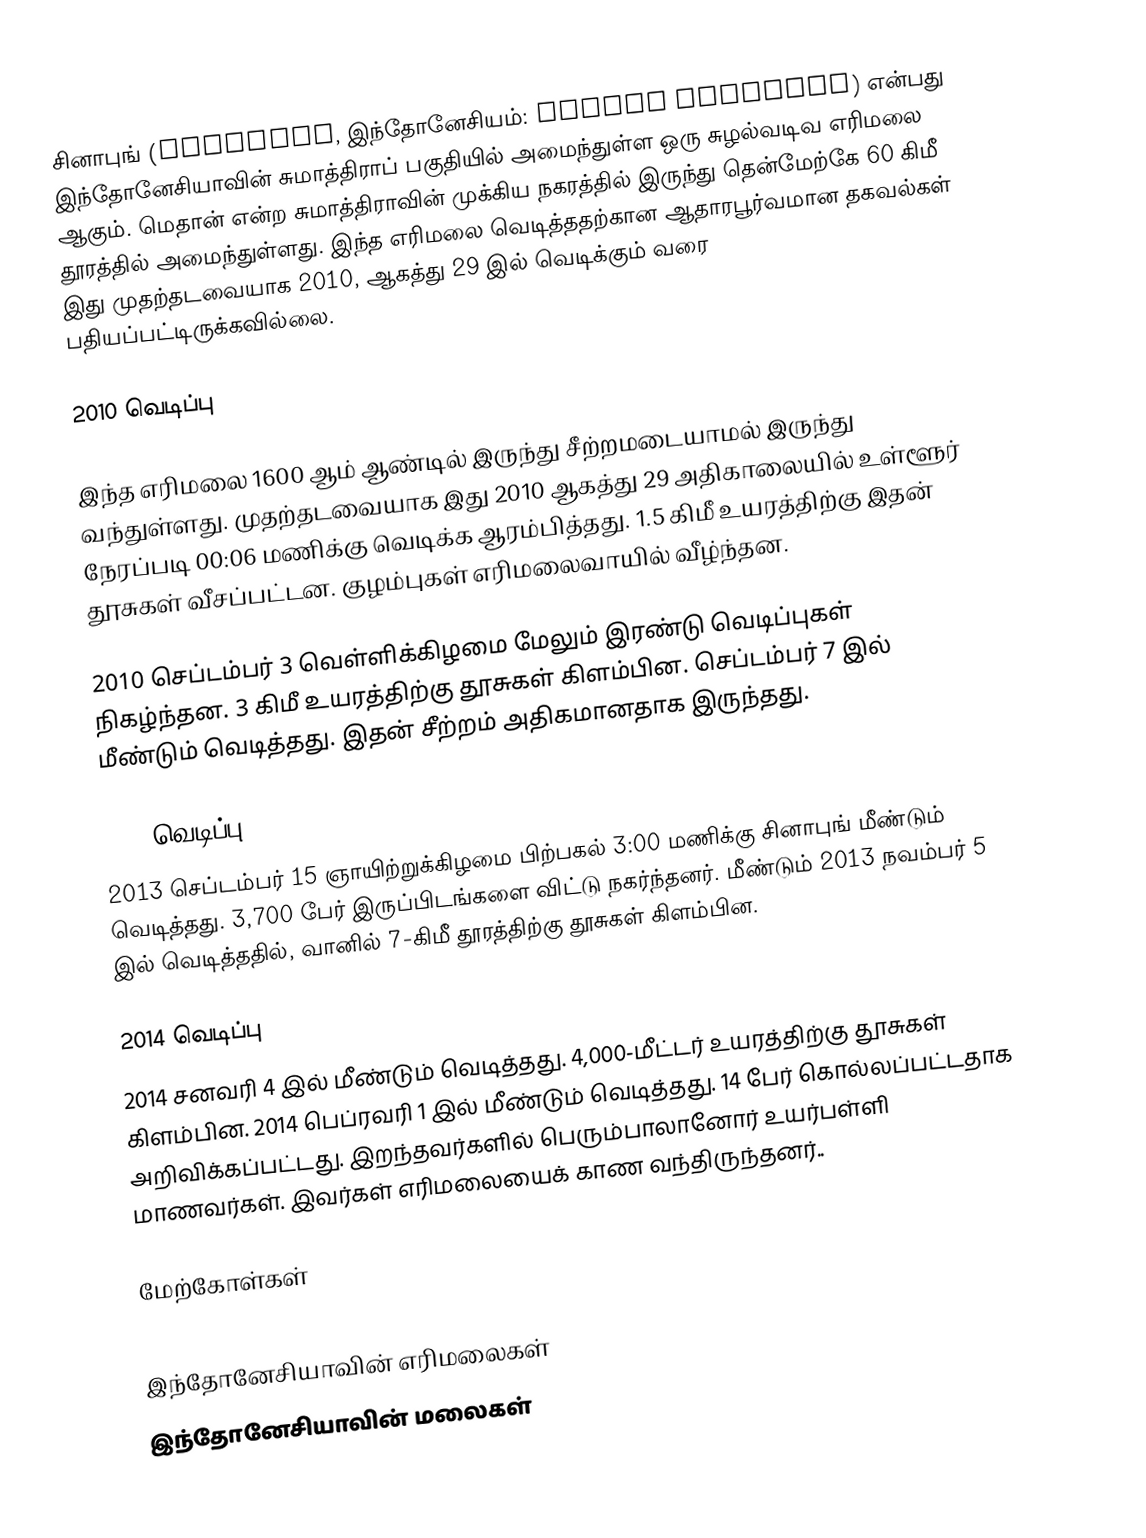
சினாபுங் (Sinabung, இந்தோனேசியம்: Gunung Sinabung) என்பது இந்தோனேசியாவின் சுமாத்திராப் பகுதியில் அமைந்துள்ள ஒரு சுழல்வடிவ எரிமலை ஆகும். மெதான் என்ற சுமாத்திராவின் முக்கிய நகரத்தில் இருந்து தென்மேற்கே 60 கிமீ தூரத்தில் அமைந்துள்ளது. இந்த எரிமலை வெடித்ததற்கான ஆதாரபூர்வமான தகவல்கள் இது முதற்தடவையாக 2010, ஆகத்து 29 இல் வெடிக்கும் வரை பதியப்பட்டிருக்கவில்லை.

2010 வெடிப்பு

இந்த எரிமலை 1600 ஆம் ஆண்டில் இருந்து சீற்றமடையாமல் இருந்து வந்துள்ளது. முதற்தடவையாக இது 2010 ஆகத்து 29 அதிகாலையில் உள்ளூர் நேரப்படி 00:06 மணிக்கு வெடிக்க ஆரம்பித்தது. 1.5 கிமீ உயரத்திற்கு இதன் தூசுகள் வீசப்பட்டன. குழம்புகள் எரிமலைவாயில் வீழ்ந்தன.

2010 செப்டம்பர் 3 வெள்ளிக்கிழமை மேலும் இரண்டு வெடிப்புகள் நிகழ்ந்தன. 3 கிமீ உயரத்திற்கு தூசுகள் கிளம்பின. செப்டம்பர் 7 இல் மீண்டும் வெடித்தது. இதன் சீற்றம் அதிகமானதாக இருந்தது.

2013 வெடிப்பு
2013 செப்டம்பர் 15 ஞாயிற்றுக்கிழமை பிற்பகல் 3:00 மணிக்கு சினாபுங் மீண்டும் வெடித்தது. 3,700 பேர் இருப்பிடங்களை விட்டு நகர்ந்தனர். மீண்டும் 2013 நவம்பர் 5 இல் வெடித்ததில், வானில் 7-கிமீ தூரத்திற்கு தூசுகள் கிளம்பின.

2014 வெடிப்பு
2014 சனவரி 4 இல் மீண்டும் வெடித்தது. 4,000-மீட்டர் உயரத்திற்கு தூசுகள் கிளம்பின. 2014 பெப்ரவரி 1 இல் மீண்டும் வெடித்தது. 14 பேர் கொல்லப்பட்டதாக அறிவிக்கப்பட்டது. இறந்தவர்களில் பெரும்பாலானோர் உயர்பள்ளி மாணவர்கள். இவர்கள் எரிமலையைக் காண வந்திருந்தனர்..

மேற்கோள்கள்

இந்தோனேசியாவின் எரிமலைகள்
இந்தோனேசியாவின் மலைகள்